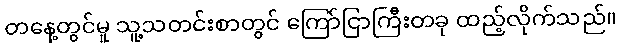
တနေ့တွင်မူ သူ့သတင်းစာတွင် ကြော်ငြာကြီးတခု ထည့်လိုက်သည်။